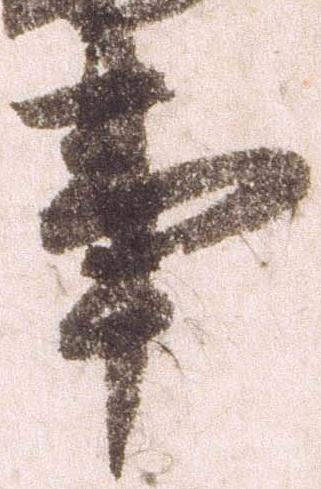
事